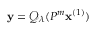
\mathbf { y } = \mathcal { Q } _ { \lambda } ( P ^ { m } \mathbf { x } ^ { ( 1 ) } )